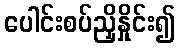
ပေါင်းစပ်ညှိနှိုင်း၍